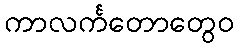
ကာလင်္ကတောတွေဝ